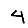
Digit: 4